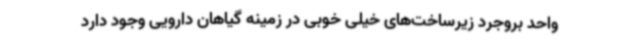
واحد بروجرد زیرساخت‌های خیلی خوبی در زمینه گیاهان دارویی وجود دارد